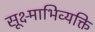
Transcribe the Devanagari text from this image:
सूक्ष्माभिव्यक्ति